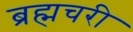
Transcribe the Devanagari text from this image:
ब्रह्मचरी